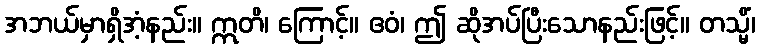
အဘယ်မှာရှိအံ့နည်း။ ဣတိ၊ ကြောင့်။ ဧဝံ၊ ဤ ဆိုအပ်ပြီးသောနည်းဖြင့်။ တသ္မိံ၊